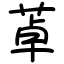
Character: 䓬